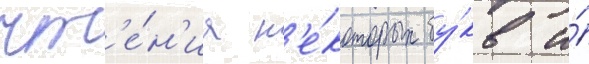
чт'е́н'иа н'е́которых бу́кв и́